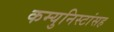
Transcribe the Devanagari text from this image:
कम्युनिस्टांसह